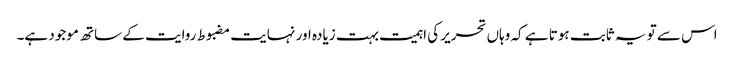
اس سے تو یہ ثابت ہوتا ہے کہ وہاں تحریر کی اہمیت بہت زیادہ اور نہایت مضبوط روایت کے ساتھ موجود ہے۔